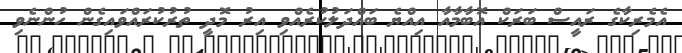
އެމެރިކާގެ ރައީސް ބަރަކް އޮބާމާއާ އިއްޔެ ބައްދަލުކުރެއްވި އިރު މޮދީ ތުރުކުރައްވައިގެން ހުންނެވި